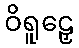
ဝိရူဠှေ